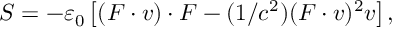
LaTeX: S = - \varepsilon _ { 0 } \left[ ( F \cdot v ) \cdot F - ( 1 / c ^ { 2 } ) ( F \cdot v ) ^ { 2 } v \right] ,